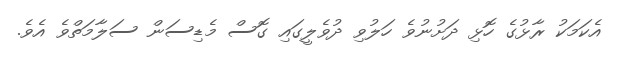
އެކަމަކު ރާޅުގެ ހޮޅި ދަށުނުވެ ހަލުވި ދުވެލީގައި ގޮސް މެޑިސަން ސަލާމަތްވެ އެވެ.